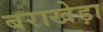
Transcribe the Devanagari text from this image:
बराखेड़ा